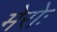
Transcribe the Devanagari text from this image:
मेरोः